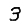
Digit: 3